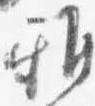
雅